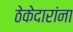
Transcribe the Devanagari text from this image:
ठेकेदारांना